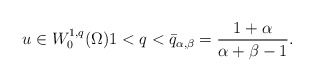
\begin{align*}u \in W^{1,q}_0(\Omega) 1<q< \bar{q}_{\alpha,\beta}=\dfrac{1+\alpha}{\alpha + \beta -1}.\end{align*}